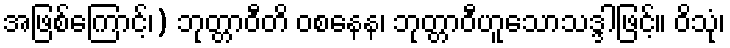
အဖြစ်ကြောင့်၊) ဘုတ္တာဝီတိ ဝစနေန၊ ဘုတ္တာဝီဟူသောသဒ္ဒါဖြင့်။ ဝိသုံ၊